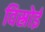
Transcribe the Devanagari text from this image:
विस्रोई